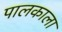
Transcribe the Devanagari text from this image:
पालकाला